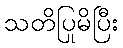
သတိပြုမိပြီး